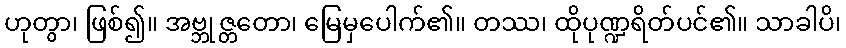
ဟုတွာ၊ ဖြစ်၍။ အဗ္ဘုဇ္တတော၊ မြေမှပေါက်၏။ တဿ၊ ထိုပုဏ္ဍရိတ်ပင်၏။ သာခါပိ၊